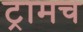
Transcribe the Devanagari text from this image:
ट्रामच